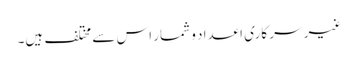
غیر سر کاری اعداد و شمار اس سے مختلف ہیں۔